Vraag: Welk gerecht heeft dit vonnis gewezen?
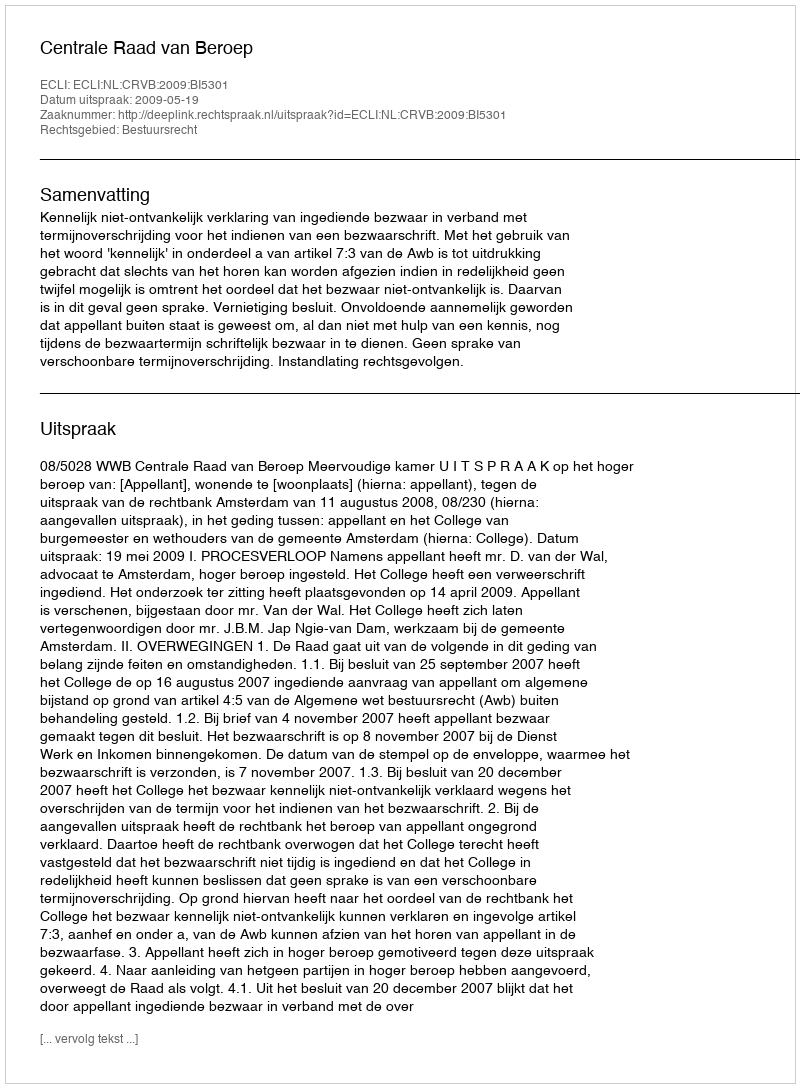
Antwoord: Centrale Raad van Beroep